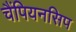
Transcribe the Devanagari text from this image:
चैंपियनसिप